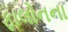
ફાલોનના